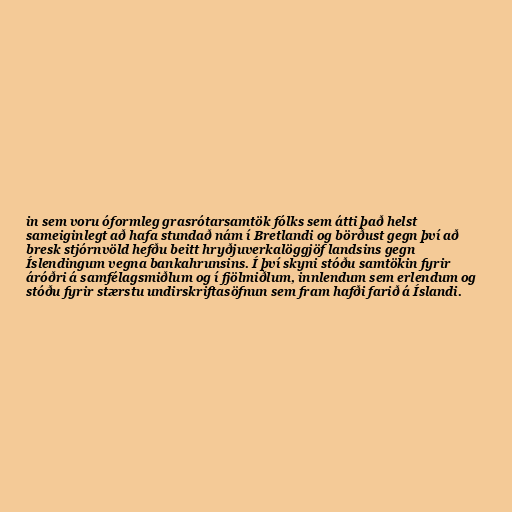
in sem voru óformleg grasrótarsamtök fólks sem átti það helst
sameiginlegt að hafa stundað nám í Bretlandi og börðust gegn því að
bresk stjórnvöld hefðu beitt hryðjuverkalöggjöf landsins gegn
Íslendingum vegna bankahrunsins. Í því skyni stóðu samtökin fyrir
áróðri á samfélagsmiðlum og í fjölmiðlum, innlendum sem erlendum og
stóðu fyrir stærstu undirskriftasöfnun sem fram hafði farið á Íslandi.